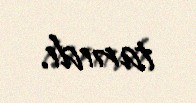
tanıdı.